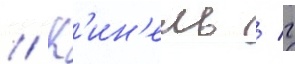
// К'ин'ель / г